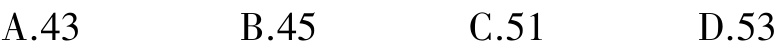
A.43  B.45  C.51  D.53